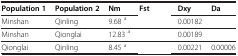
<table><thead><tr><td><b>Population 1</b></td><td><b>Population 2</b></td><td><b>Nm</b></td><td><b>Fst</b></td><td><b>Dxy</b></td><td><b>Da</b></td></tr></thead><tbody><tr><td>Minshan</td><td>Qinling</td><td>9.68 <sup>a</sup></td><td>[EMPTY_CELL]</td><td>0.00182</td><td>[EMPTY_CELL]</td></tr><tr><td>Minshan</td><td>Qionglai</td><td>12.83 <sup>a</sup></td><td>[EMPTY_CELL]</td><td>0.00189</td><td>[EMPTY_CELL]</td></tr><tr><td>Qionglai</td><td>Qinling</td><td>8.45 <sup>a</sup></td><td>[EMPTY_CELL]</td><td>0.00221</td><td>0.00006</td></tr></tbody></table>